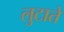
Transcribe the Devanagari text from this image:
लुटाते